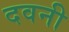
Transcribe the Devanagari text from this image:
दवनी